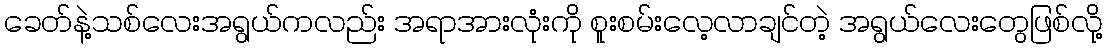
ခေတ်နဲ့သစ်လေးအရွယ်ကလည်း အရာအားလုံးကို စူးစမ်းလေ့လာချင်တဲ့ အရွယ်လေးတွေဖြစ်လို့